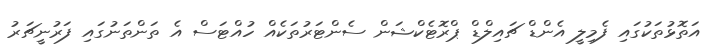
އަތޮޅުތަކުގައި ފެމިލީ އެންޑް ޗައިލްޑް ޕްރޮޓެކްޝަން ސެންޓަރުތަކެއް ހުއްޓަސް އެ ތަންތަނުގައި ފަރުނީޗަރު